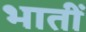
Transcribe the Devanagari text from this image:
भातीं